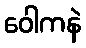
ဝေါကနဲ